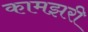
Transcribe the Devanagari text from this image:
कामझरी